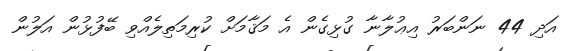
އަދި 44 ނަންބަރު އިޢުލާނާ ގުޅިގެން އެ މަޤާމަށް ކުރިމަތިލެއްވި ބޭފުޅުން އަލުން